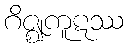
ဂိဇ္ဈကူဋဿ